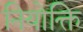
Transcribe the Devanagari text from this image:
नियोक्ति